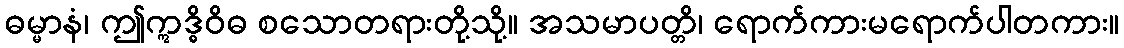
ဓမ္မာနံ၊ ဤဣဒ္ဓိဝိဓ စသောတရားတို့သို့။ အသမာပတ္တိ၊ ရောက်ကားမရောက်ပါတကား။